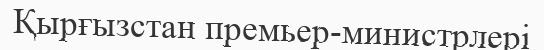
Қырғызстан премьер-министрлері